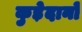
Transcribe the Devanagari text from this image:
कुड़ेदानों